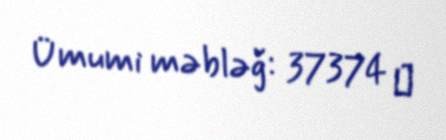
Ümumi məbləğ: 37374 ₼